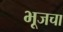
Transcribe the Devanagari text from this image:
भूजचा